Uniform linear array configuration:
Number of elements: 48
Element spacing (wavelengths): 0.75
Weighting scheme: exponential
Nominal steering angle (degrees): -60
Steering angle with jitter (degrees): -59.993
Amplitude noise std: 0.05
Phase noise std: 0.05

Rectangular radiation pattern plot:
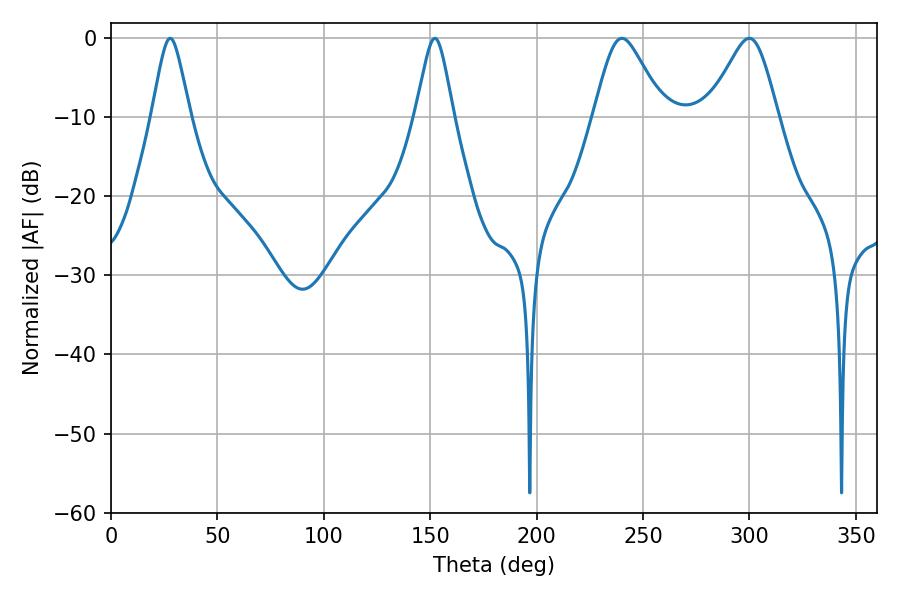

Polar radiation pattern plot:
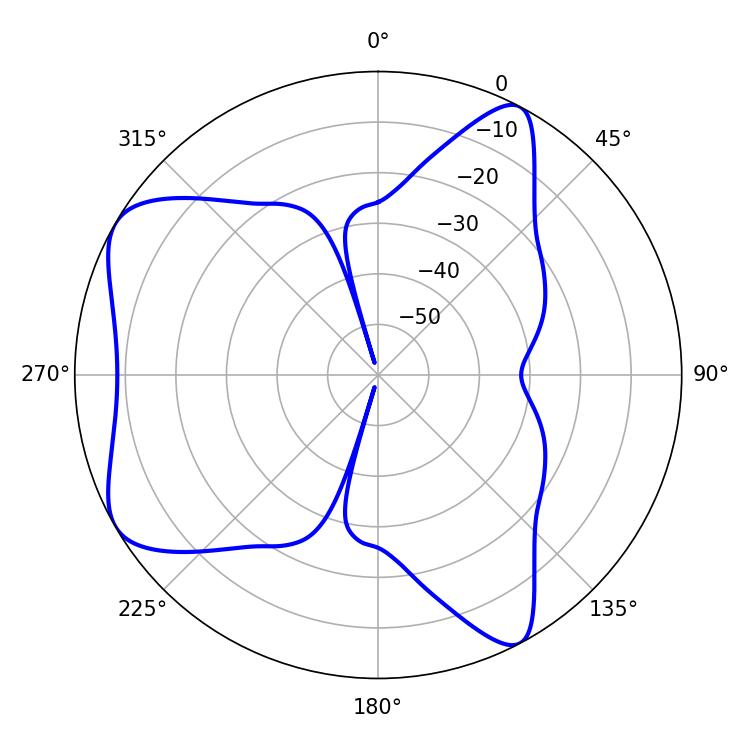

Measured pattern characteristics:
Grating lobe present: TRUE
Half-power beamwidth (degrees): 16.02
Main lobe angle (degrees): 240.12